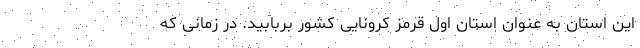
این استان به عنوان استان اول قرمز کرونایی کشور بربابید. در زمانی که